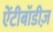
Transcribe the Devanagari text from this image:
ऐंटीबॉडीज़